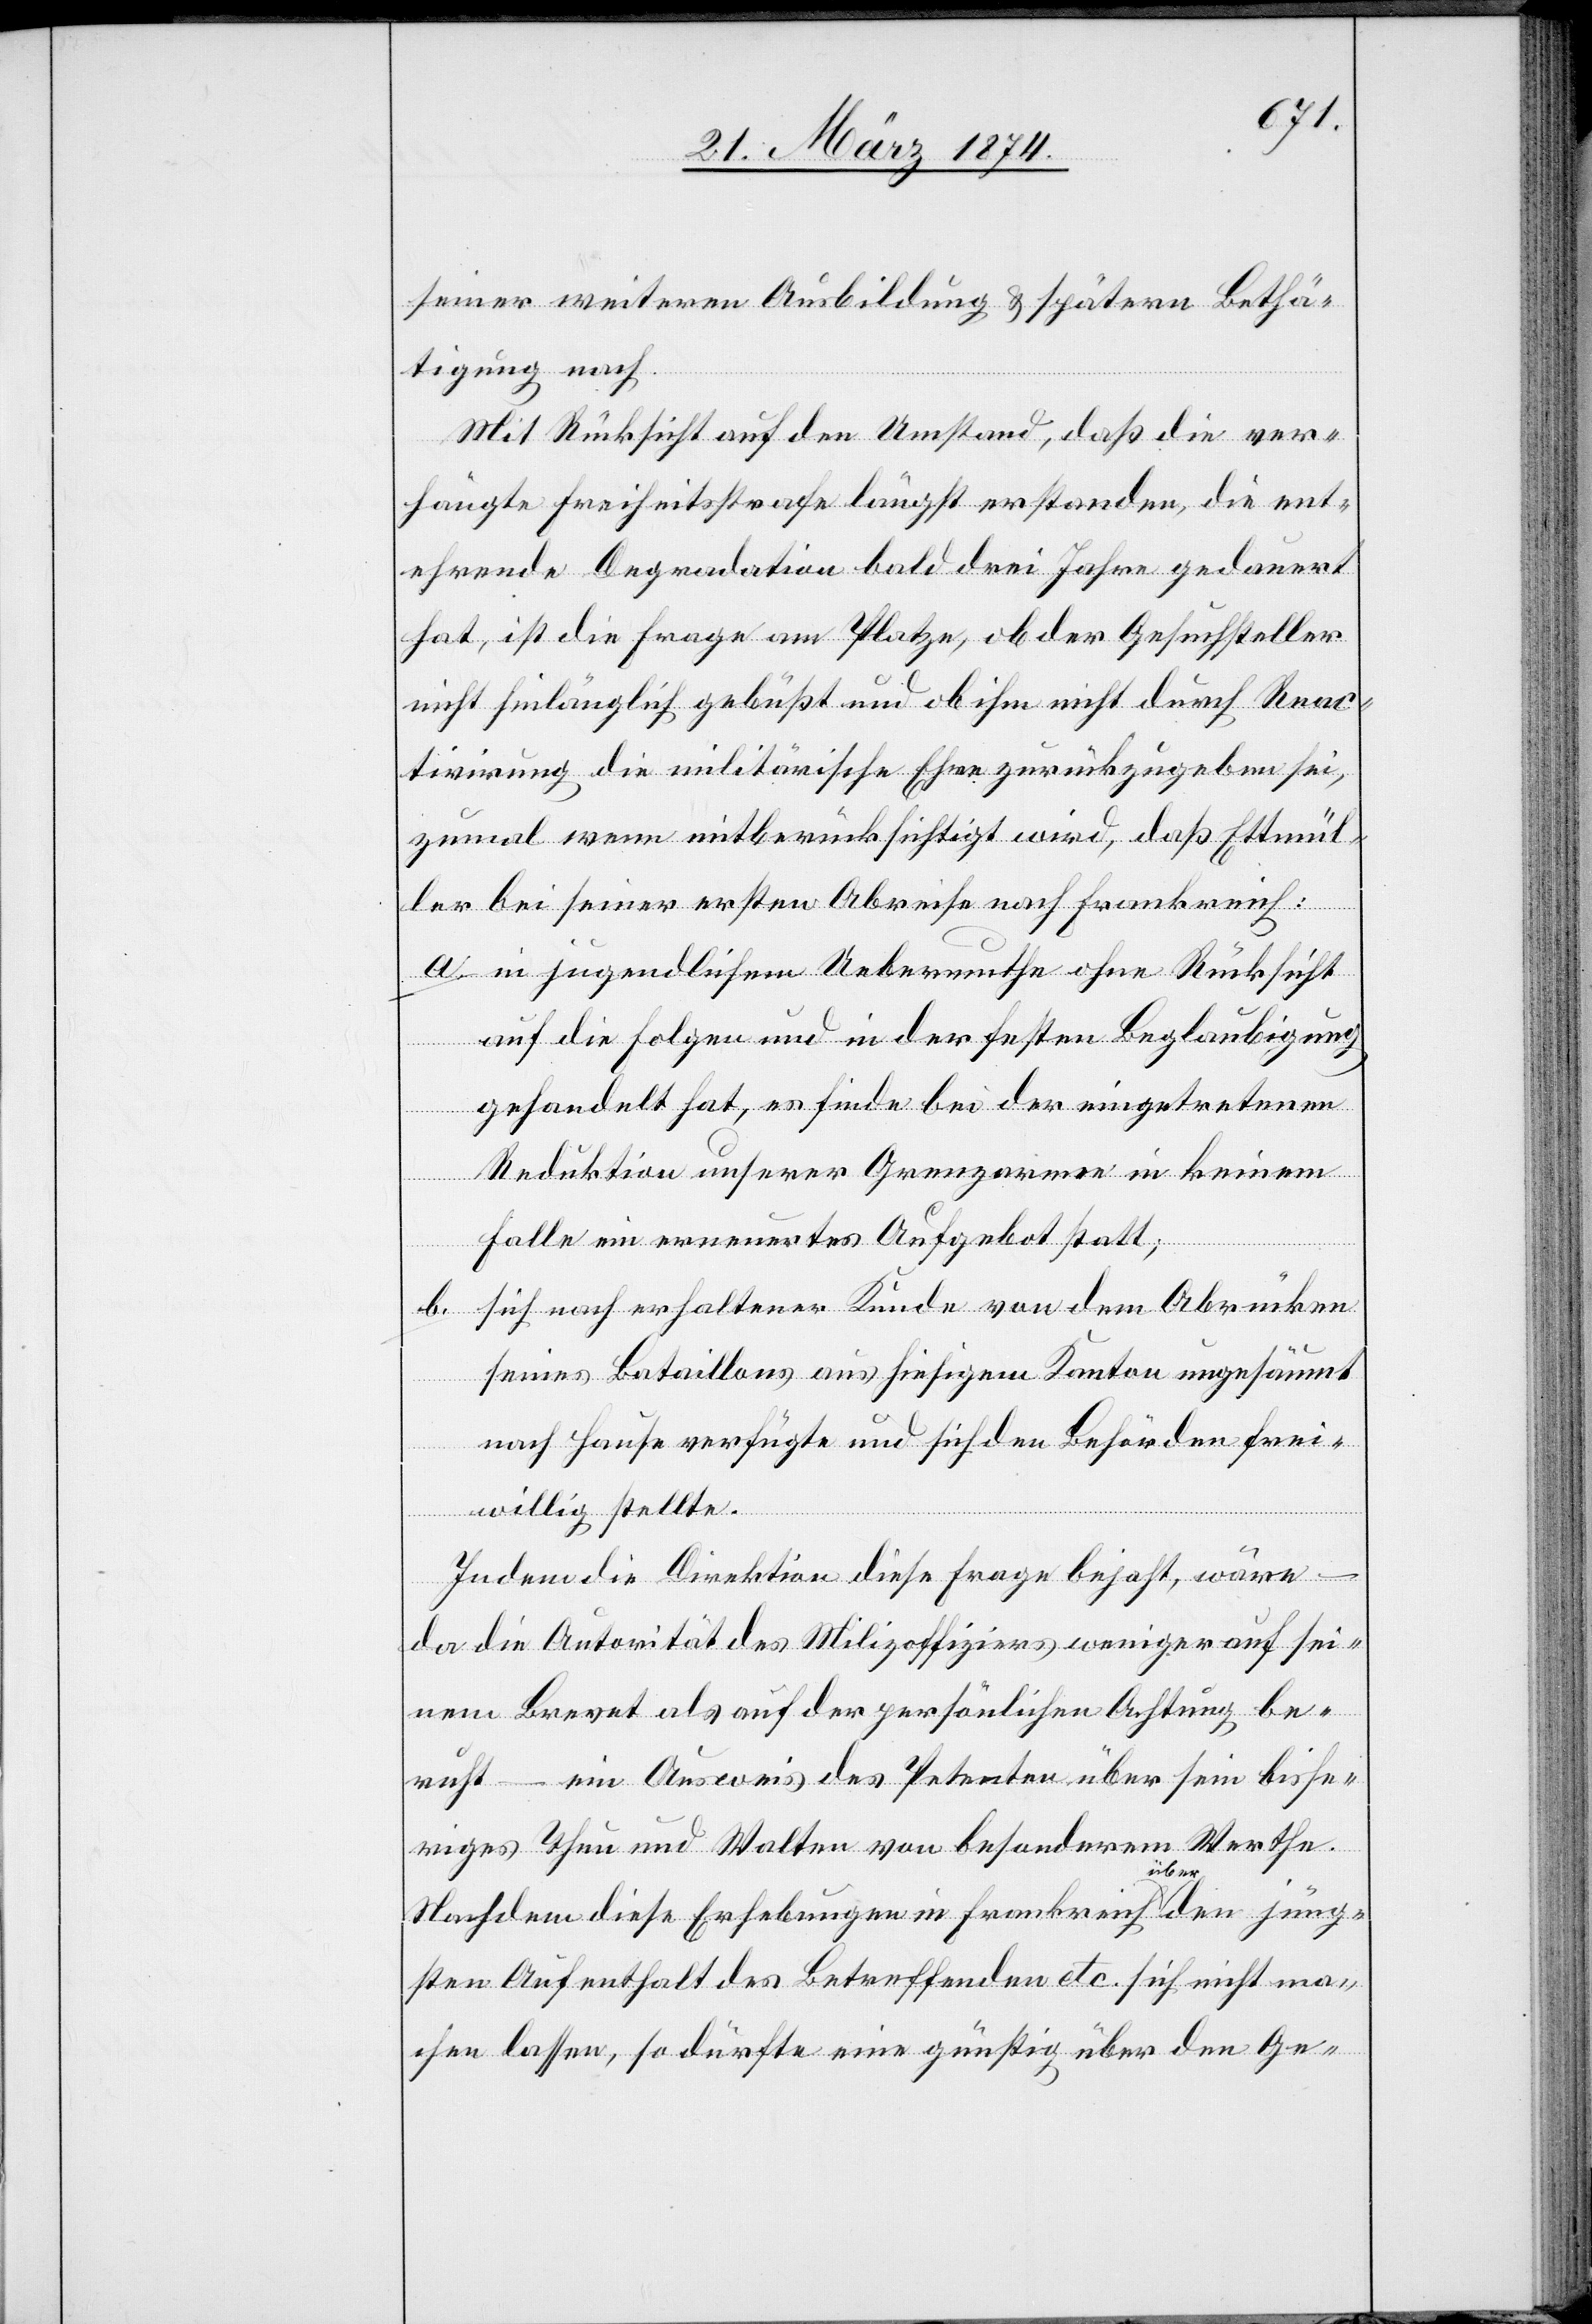
seiner weiteren Ausbildung u. spätern Bethä¬
tigung nach.
Mit Rücksicht auf den Umstand, daß die ver¬
hängte Freiheitsstrafe längst erstanden, die ent¬
ehrende Degradation bald drei Jahre gedauert
hat, ist die Frage am Platze, ob der Gesuchsteller
nicht hinlänglich gebüßt und ob ihm nicht durch Reac¬
tivirung die militärische Ehre zurückzugeben sei,
zumal wenn mitberücksichtigt wird, daß Ettmül¬
ler bei seiner ersten Abreise nach Frankreich:
a. in jugendlichem Uebermuthe ohne Rücksicht
auf die Folgen und in der festen Beglaubigung
gehandelt hat, es finde bei der eingetretenen
Reduktion unserer Grenzarmee in keinem
Falle ein erneuertes Aufgebot statt;
b. sich nach erhaltener Kunde von dem Abrücken
seines Bataillons aus hiesigem Kanton ungesäumt
nach Hause verfügte und sich den Behörden frei¬
willig stellt.
Indem die Direktion diese Frage bejaht, wäre
da die Autorität des Milizoffiziers weniger auf sei¬
nem Brevet als auf der persönlichen Achtung be¬
ruht – ein Ausweis des Petenten über sein bishe¬
riges Thun und Walten von besonderem Werthe.
Nachdem diese Erhebungen in Frankreich über den jüng¬
sten Aufenthalt des Betreffenden etc. sich nicht ma¬
chen lassen, so dürfte eine günstig über den Ge-